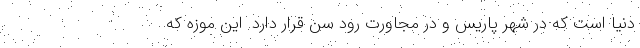
دنیا است که در شهر پاریس و در مجاورت رود سِن قرار دارد. این موزه که